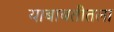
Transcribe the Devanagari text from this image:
याबाबतीतला